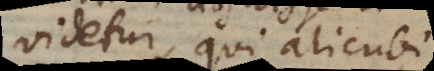
videtur, qui alicubi